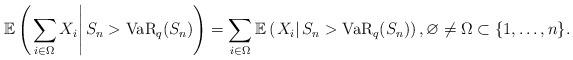
LaTeX: \begin{align*}\mathbb{E}\left( \left. \sum_{i\in \Omega }X_{i}\right\vert S_{n}>\mathrm{VaR}_{q}(S_{n})\right) =\sum_{i\in \Omega }\mathbb{E}\left( \left.X_{i}\right\vert S_{n}>\mathrm{VaR}_{q}(S_{n})\right) ,\varnothing\neq \Omega \subset \{1,\ldots ,n\}. \end{align*}